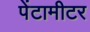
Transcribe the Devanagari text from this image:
पेंटामीटर